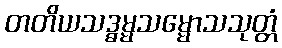
တတိယသဒ္ဓမ္မသမ္မောသသုတ္တံ